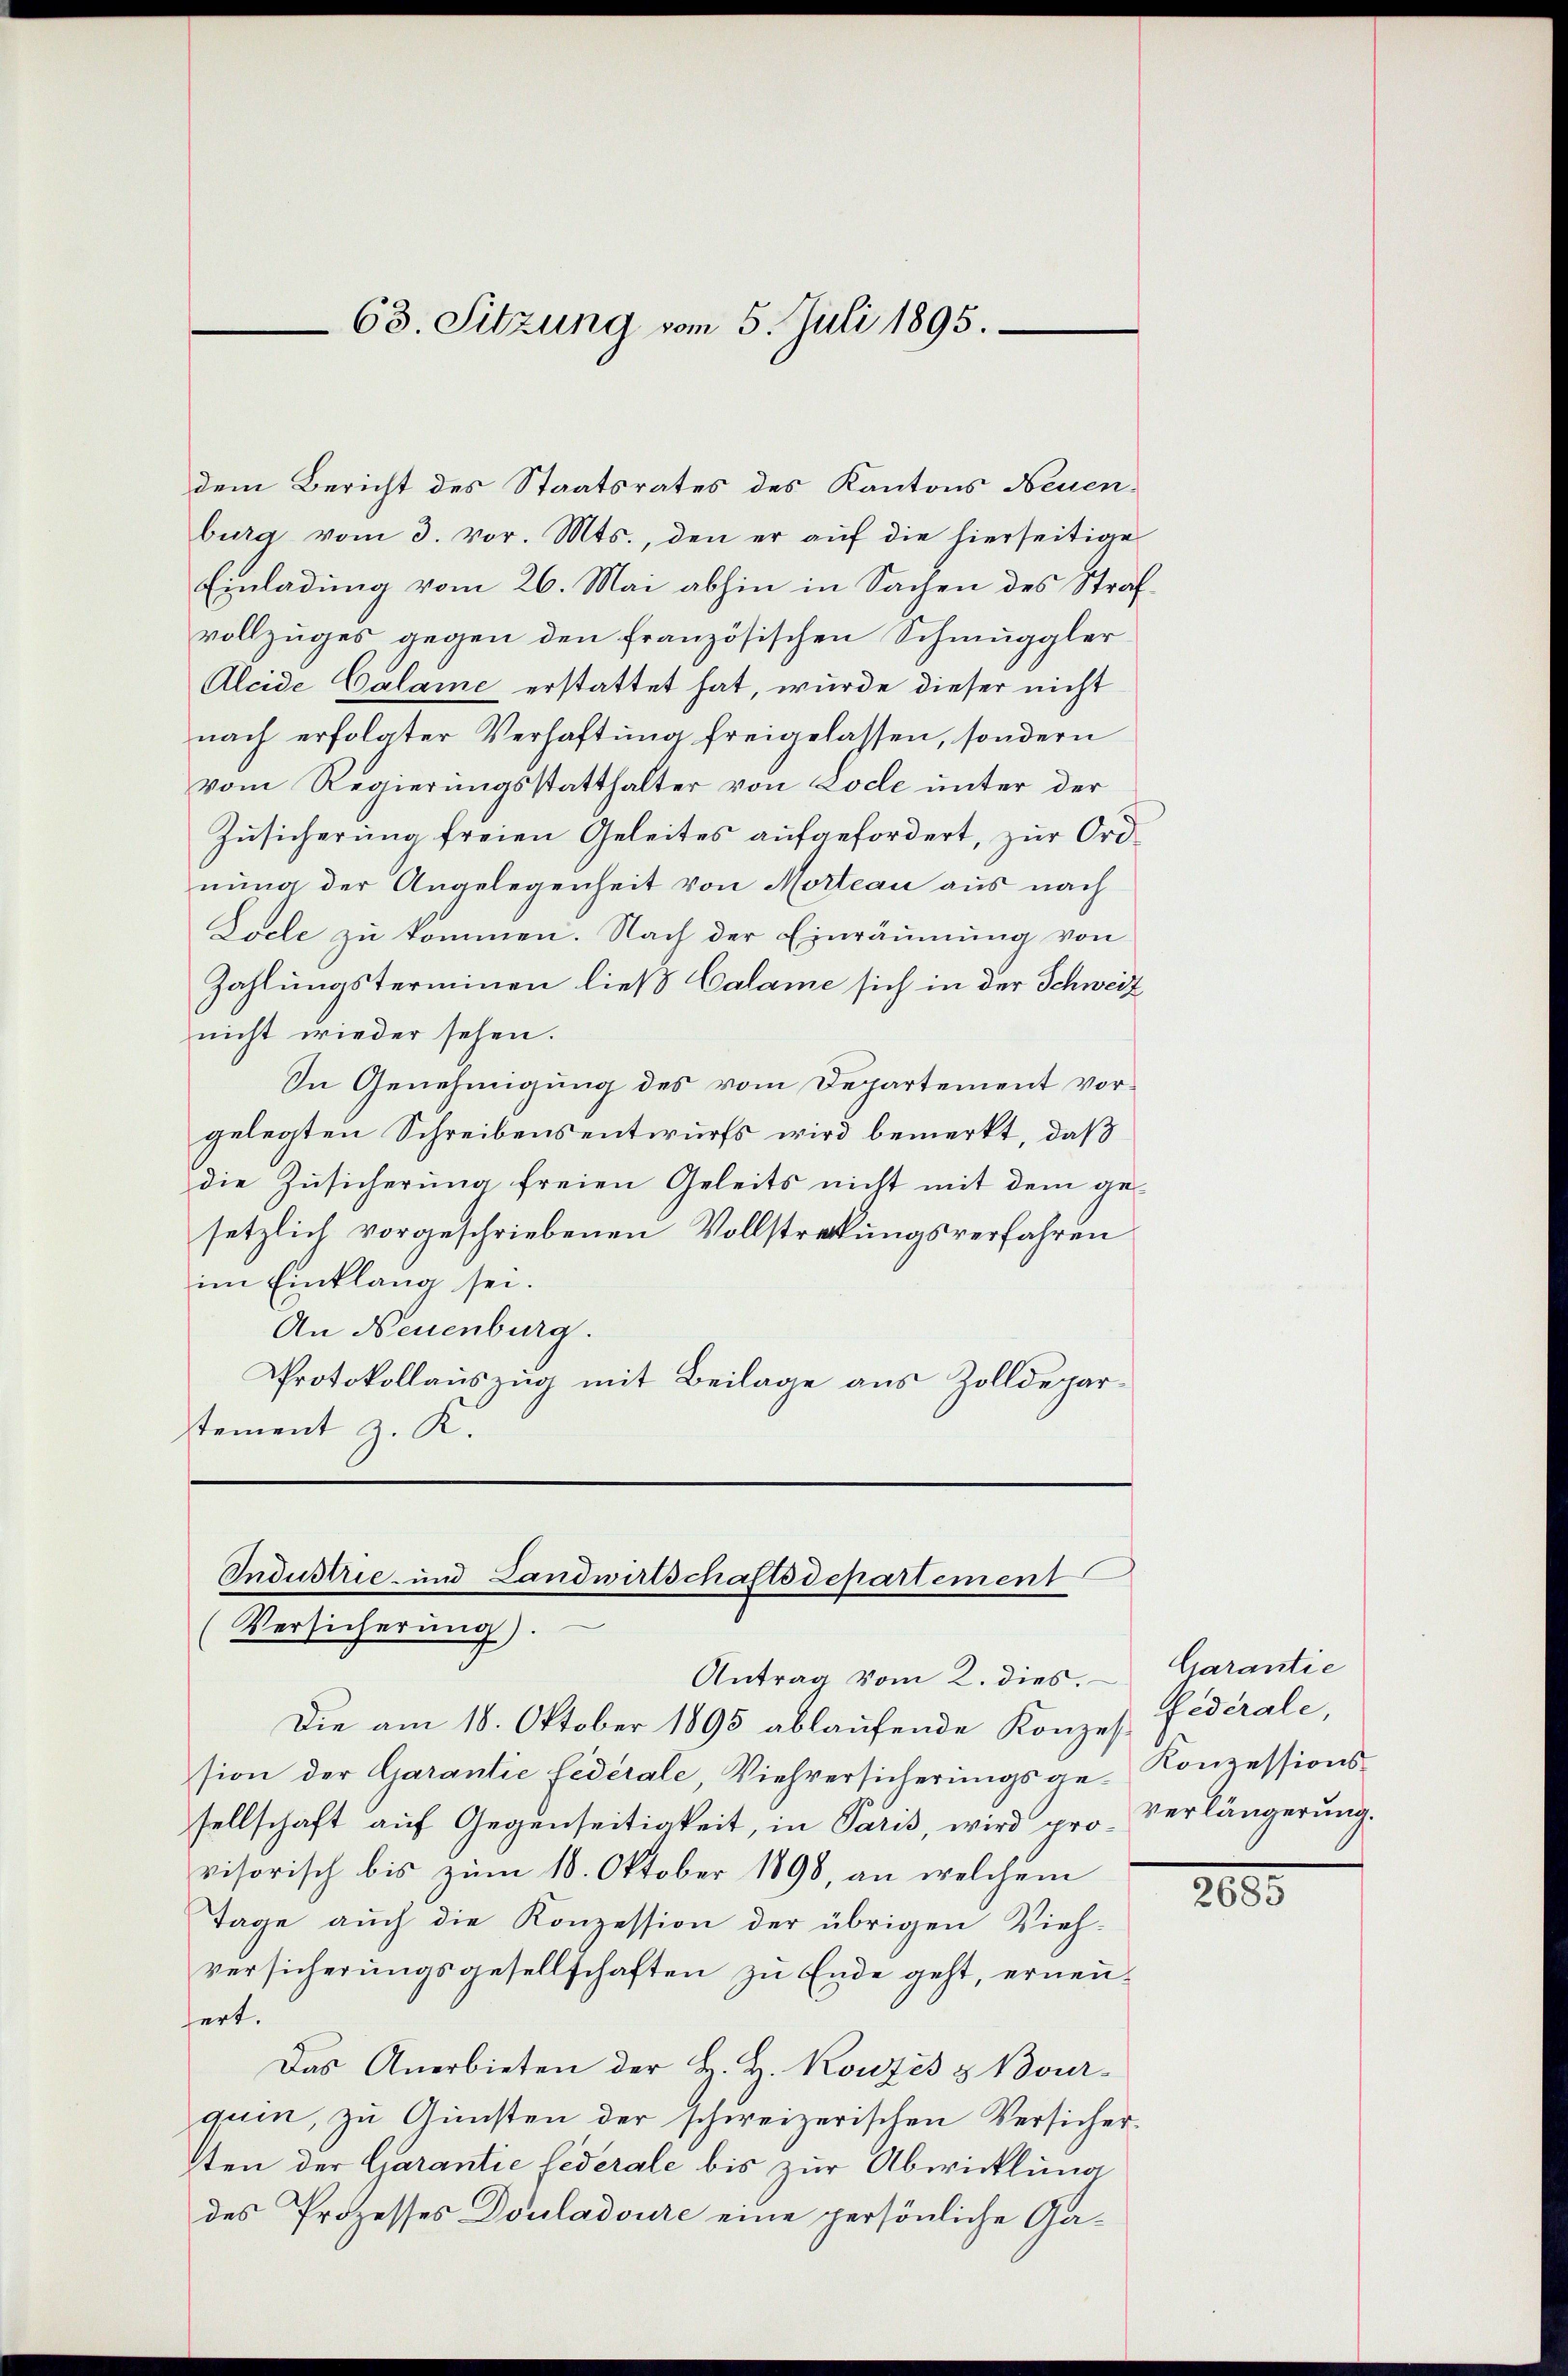
dem Bericht des Staatsrates des Kantons Neuenburg vom 3. vor. Mts., den er auf die hierseitige
Einladung vom 26. Mai abhin in Sachen des Strafvollzuges gegen den französischen Schmuggler¬
Aleide Calame erstattet hat, wurde dieser nicht
nach erfolgter Verhaftung freigelassen, sondern
vom Regierungsstatthalter von Lode unter der
Zusicherung freien Geleites aufgefordert, zur Ordnung der Angelegenheit von Morteau aus nach
Locle zu kommen. Nach der Einräumung von
Zahlungsterminen ließ Calame sich in der Schweiz
nicht wieder sehen.
In Genehmigung des vom Departement vorgelegten Schreibensentwurfs wird bemerkt, daß
die Zusicherung freien Geleits nicht mit dem gesetzlich vorgeschriebenen Vollstreckungsverfahren
im Einklang sei.
An Neuenburg.
Protokollauszug mit Beilage aus Zolldepartement z. K.

63. Sitzung vom 5. Juli 1895.

Industrie- und Landwirtschaftsdepartement
Versicherung).
Antrag vom 2. dies. Garantie

Die am 18. Oktober 1895 ablaufende Konzes-
sion der Garantie fédérale, Viehversicherungsge-Konzessionssellschaft auf Gegenseitigkeit, in Paris, wird provisorisch bis zum 18. Oktober 1898, an welchem
Tage auch die Konzession der übrigen Vieh-
versicherungsgesellschaften zu Ende geht, erneusert.
Das Anerbieten der H. H. Konzes & Bour-
quin, zu Gunsten der schweizerischen Versicher-
ten der Garantie federale bis zur Abwicklung
des Prozesses Douladoure eine persönliche Ga¬

Federale,
verlängerung.

2055